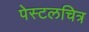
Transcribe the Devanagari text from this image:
पेस्टलचित्र